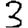
Digit: 3